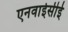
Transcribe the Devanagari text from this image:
एनवाईसीई